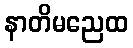
နာတိမညေထ